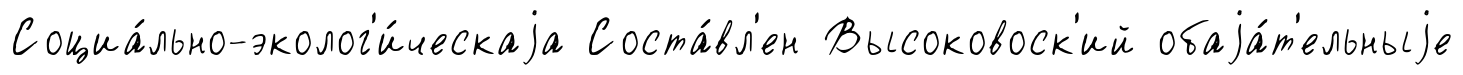
Социа́льно-эколог'и́ческаjа Соста́вл'ен Высоковоск'ий обаjа́т'ельныjе